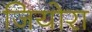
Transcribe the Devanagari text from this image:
जियोरा